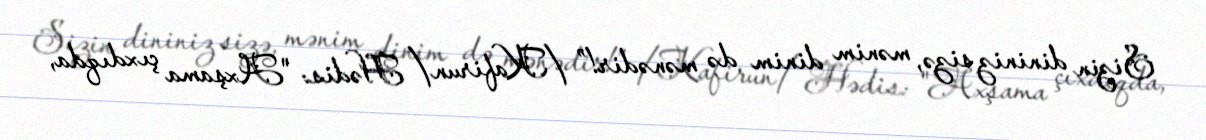
Sizin dininiz sizə, mənim dinim də mənədir!” /Kafirun/ Hədis: "Axşama çıxdıqda,